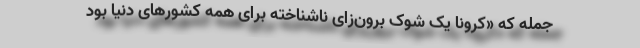
جمله که «کرونا یک شوک برون‌زای ناشناخته برای همه کشورهای دنیا بود